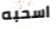
اسحبه